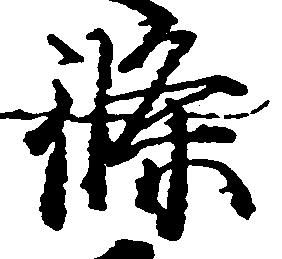
条